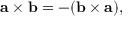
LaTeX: \mathbf { a } \times \mathbf { b } = - ( \mathbf { b } \times \mathbf { a } ) ,